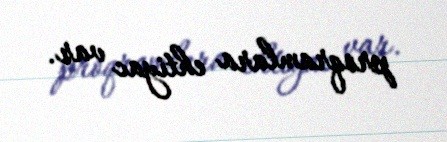
proqramlara ehtiyac var.